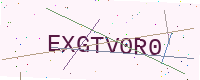
Text: EXGTV0R0